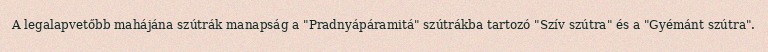
A legalapvetőbb mahájána szútrák manapság a "Pradnyápáramitá" szútrákba tartozó "Szív szútra" és a "Gyémánt szútra".